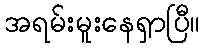
အရမ်းမူးနေရှာပြီ။